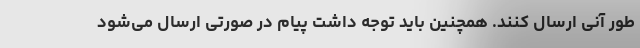
طور آنی ارسال کنند. همچنین باید توجه داشت پیام در صورتی ارسال می‌شود